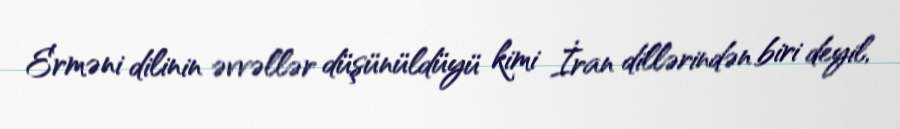
Erməni dilinin əvvəllər düşünüldüyü kimi İran dillərindən biri deyil,